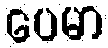
ပေမာ